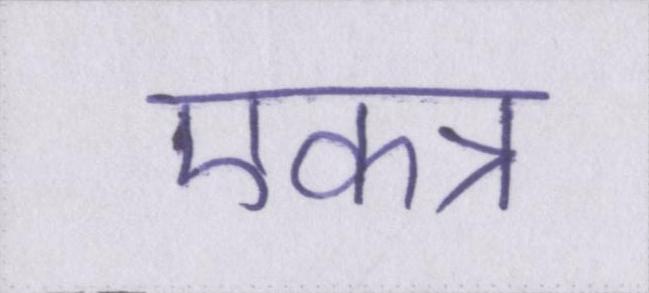
एकत्र